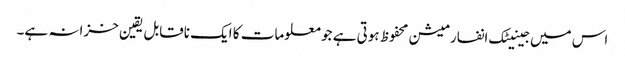
اس میں جینیٹک انفارمیشن محفوظ ہوتی ہے جو معلومات کا ایک ناقابل یقین خزانہ ہے۔